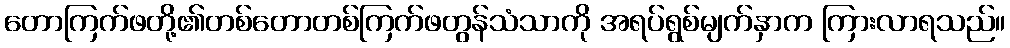
တောကြက်ဖတို့၏တစ်တောတစ်ကြက်ဖတွန်သံသာကို အရပ်ရွစ်မျက်နှာက ကြားလာရသည်။